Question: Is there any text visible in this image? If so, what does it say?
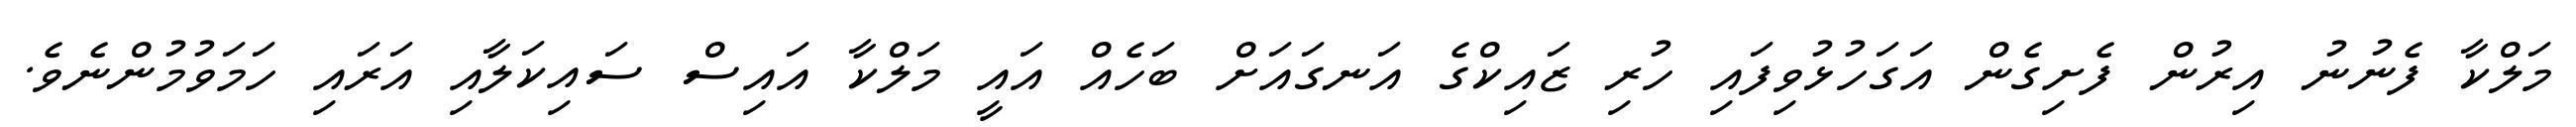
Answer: މަލްކާ ފެނުނު އިރުން ފެށިގެން އަގަހުޅުވިފައި ހުރި ޒައިކްގެ އަނގައަށް ބަހެއް އައީ މަލްކާ އައިސް ސައިކަލާއި އަރައި ހަމަވުމުންނެވެ.